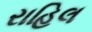
રાહિલ